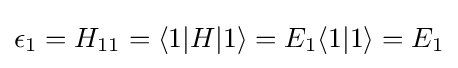
\epsilon _{1}=H_{11}=\langle 1|H|1\rangle =E_{1}\langle 1|1\rangle =E_{1}